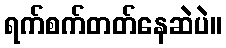
ရက်စက်တတ်နေဆဲပဲ။